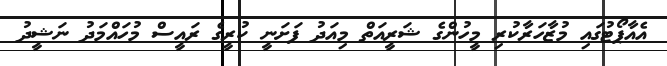
އެއާޕޯޓުގައި މުޒާހަރާކުރި މީހުންގެ ޝަރީއަތް މިއަދު ފަށަނީ ކުރީގެ ރައީސް މުހައްމަދު ނަޝީދު